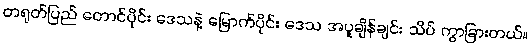
တရုတ်ပြည် တောင်ပိုင်း ဒေသနဲ့ မြောက်ပိုင်း ဒေသ အပူချိန်ချင်း သိပ် ကွာခြားတယ်။